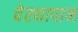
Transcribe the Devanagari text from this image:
वेस्थापान